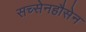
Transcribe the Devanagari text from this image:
सच्सेनहौसेन